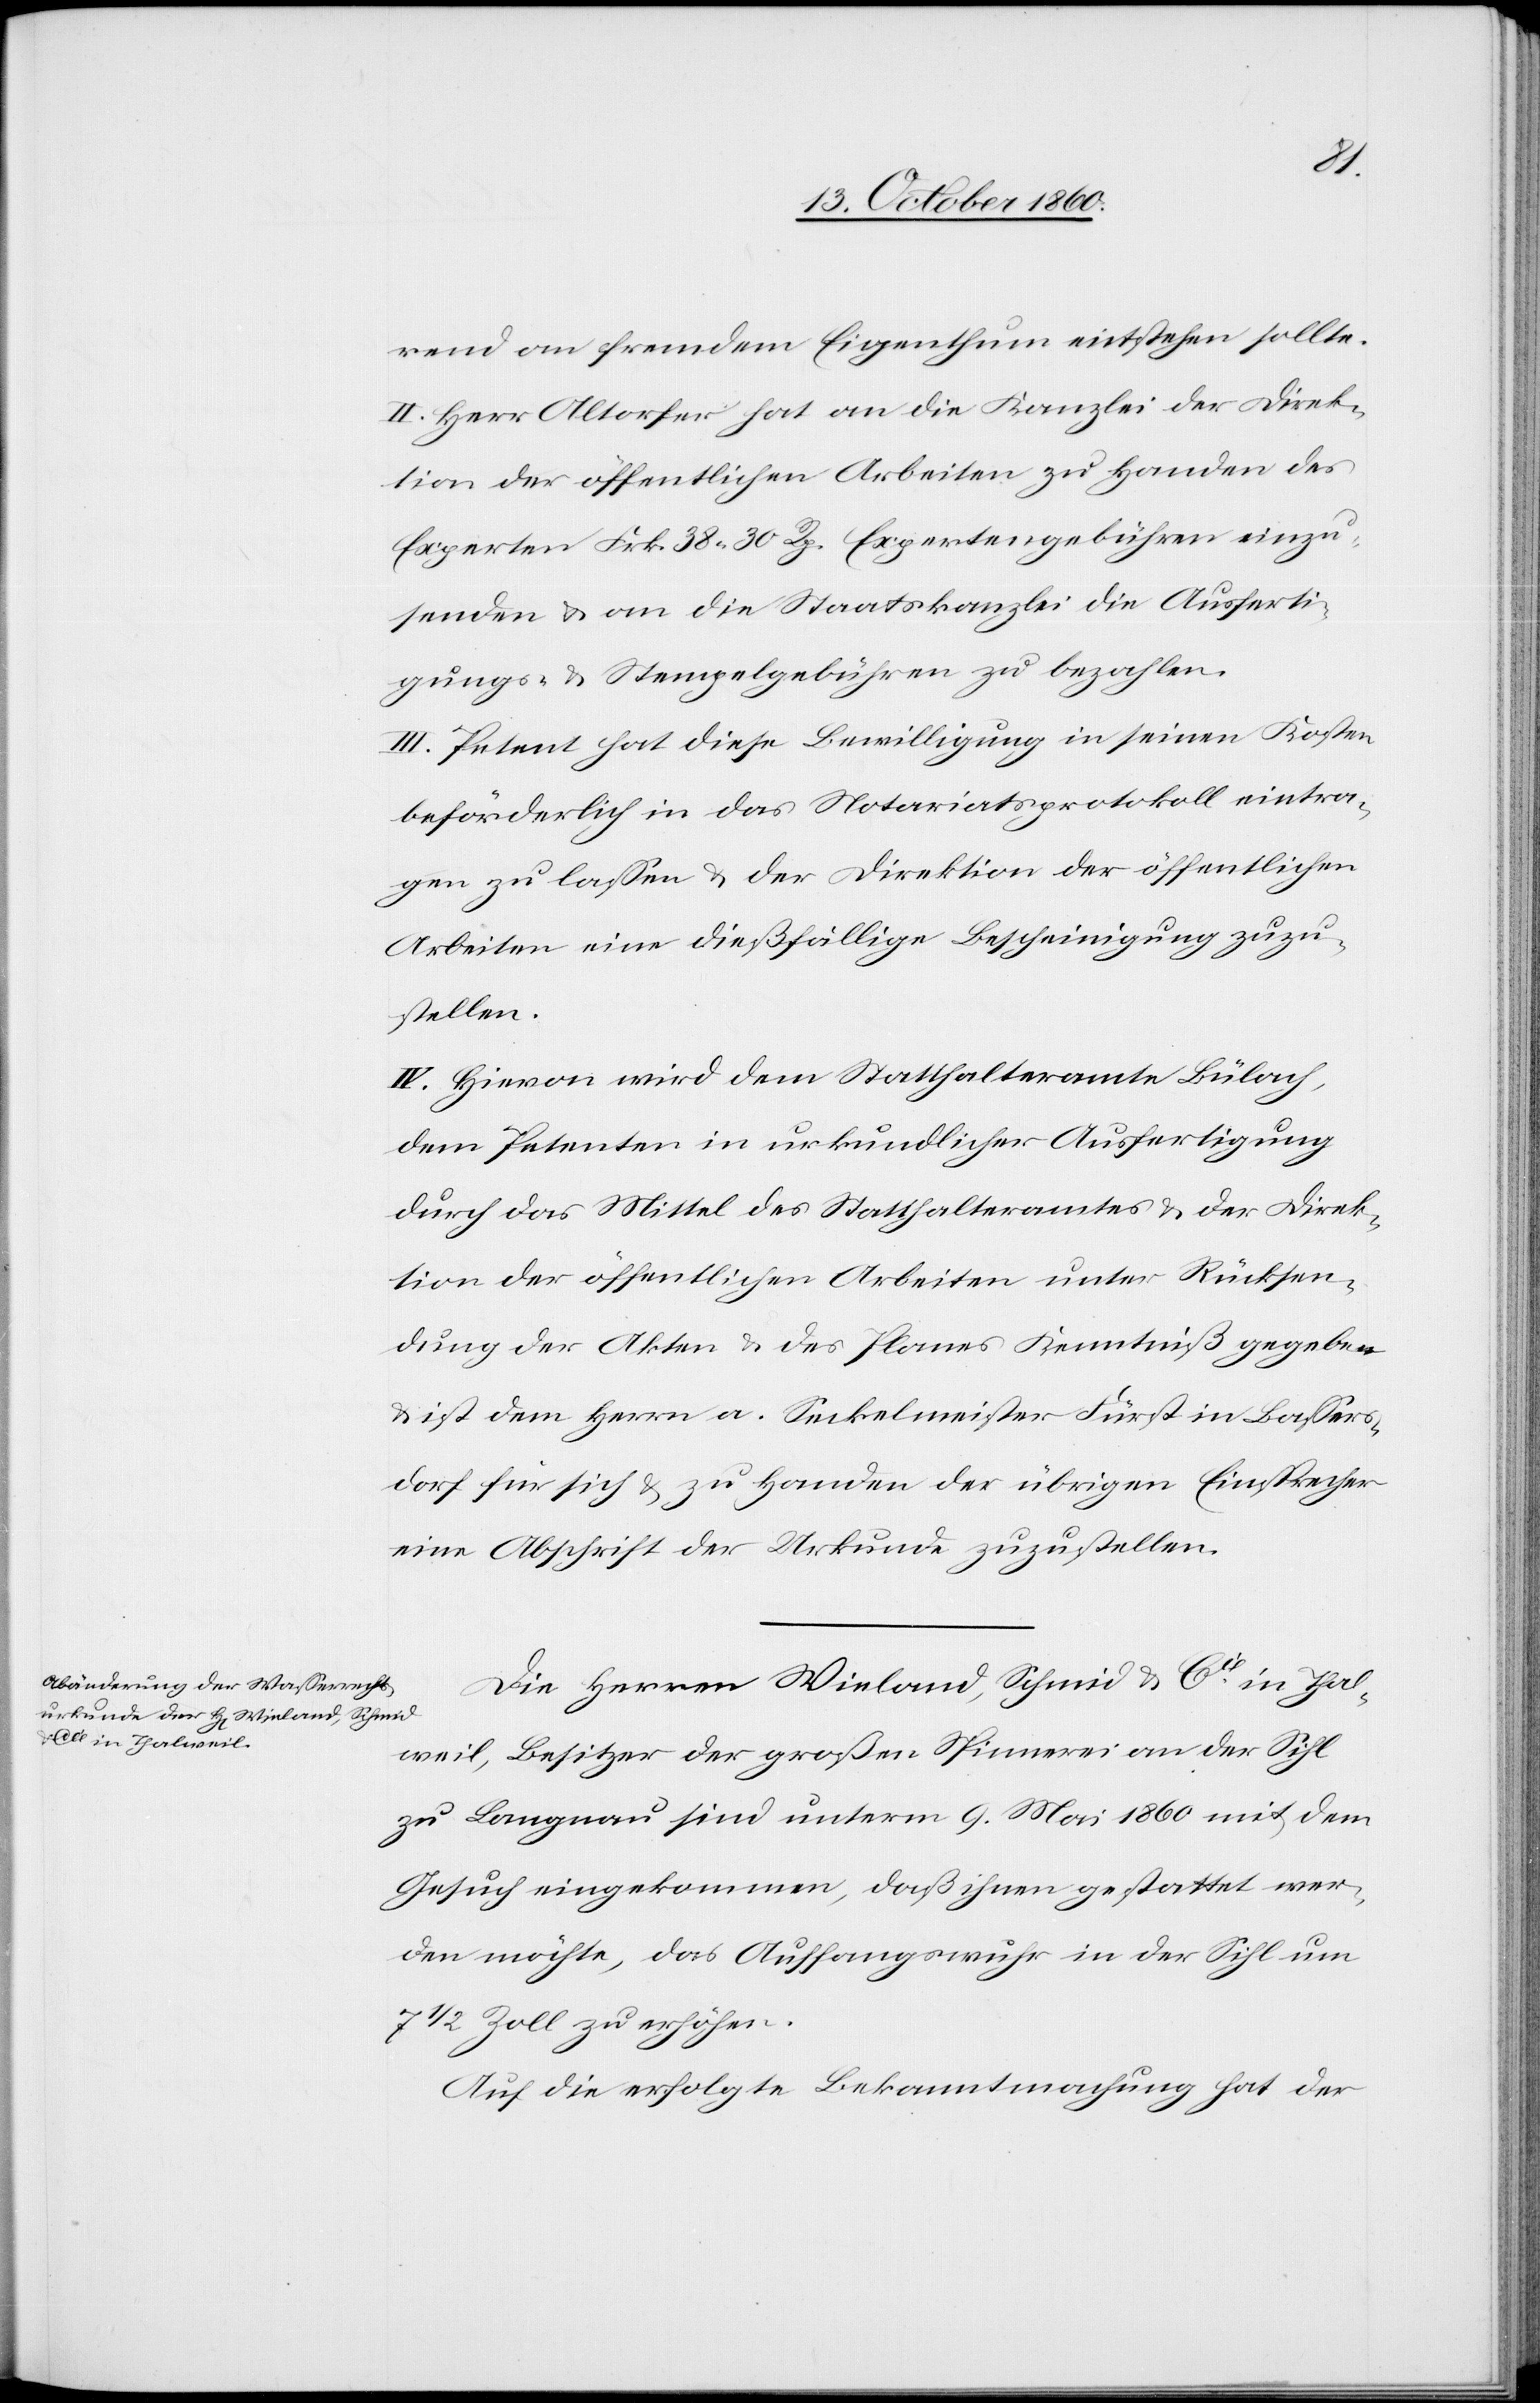
rend am fremdem Eigenthum entstehen sollte.
II. Herr Altorfer hat an die Kanzlei der Direk¬
tion der öffentlichen Arbeiten zu Handen des
Experten Frk. 38 30 Rp. Expertengebühren einzu¬
senden u. an die Staatskanzlei die Ausferti¬
gungs- u. Stempelgebühren zu bezahlen.
III. Petent hat diese Bewilligung in seinen Kosten
beförderlich in das Notariatsprotokoll eintra¬
gen zu lassen u. der Direktion der öffentlichen
Arbeiten eine dießfällige Bescheinigung zuzu¬
stellen.
IV. Hievon wird dem Statthalteramte Bülach,
dem Petenten in urkundlicher Ausfertigung
durch das Mittel des Statthalteramtes u. der Direk¬
tion der öffentlichen Arbeiten unter Rücksen¬
dung der Akten u. des Planes Kenntniß gegeben
u. ist dem Herrn a. Seckelmeister Fürst in Bassers¬
dorf für sich u. zu Handen der übrigen Einsprecher
eine Abschrift der Urkunde zuzustellen.
Die Herren Wieland, Schmid & Cie in Thal¬
weil, Besitzer der großen Spinnerei an der Sihl
zu Langnau sind unterm 9. Mai 1860 mit dem
Gesuch eingekommen, daß ihnen gestattet wer¬
den möchte, das Auffangswurh in der Sihl um
7 1/2 Zoll zu erhöhen.
Auf die erfolgte Bekanntmachung hat der